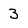
Character: 3